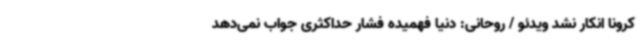
کرونا انکار نشد ویدئو / روحانی: دنیا فهمیده فشار حداکثری جواب نمی‌دهد